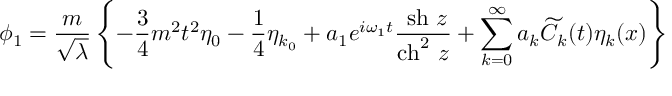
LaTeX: \phi _ { 1 } = \frac { m } { \sqrt \lambda } \left\{ - \frac { 3 } { 4 } m ^ { 2 } t ^ { 2 } { \eta } _ { 0 } - \frac { 1 } { 4 } { \eta } _ { k { _ 0 } } + a _ { 1 } e ^ { i \omega _ { 1 } t } \frac { ~ \mathrm { { s h } } ~ z } { \mathrm { { c h } } ^ { 2 } ~ z } + \sum _ { k = 0 } ^ { \infty } a _ { k } { \widetilde C } _ { k } ( t ) \eta _ { k } ( x ) \right\}